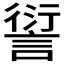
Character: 𲁮